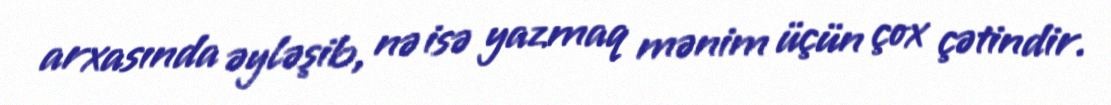
arxasında əyləşib, nə isə yazmaq mənim üçün çox çətindir.